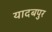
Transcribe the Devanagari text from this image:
यादबपुर